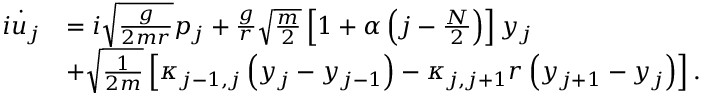
\begin{array} { r l } { \dot { i u _ { j } } } & { = i \sqrt { \frac { g } { 2 m r } } p _ { j } + \frac { g } { r } \sqrt { \frac { m } { 2 } } \left[ 1 + \alpha \left( j - \frac { N } { 2 } \right) \right] y _ { j } } \\ & { + \sqrt { \frac { 1 } { 2 m } } \left[ \kappa _ { j - 1 , j } \left( y _ { j } - y _ { j - 1 } \right) - \kappa _ { j , j + 1 } r \left( y _ { j + 1 } - y _ { j } \right) \right] . } \end{array}